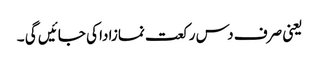
یعنی صرف دس رکعت نمازادا کی جائیں گی ۔